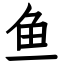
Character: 鱼